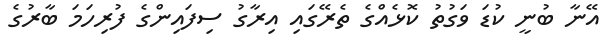
އޭނާ ބުނީ ކުޑަ ވަގުތު ކޮޅެއްގެ ތެރޭގައި އިރާގު ސިފައިންގެ ފުރިހަމަ ބާރުގެ